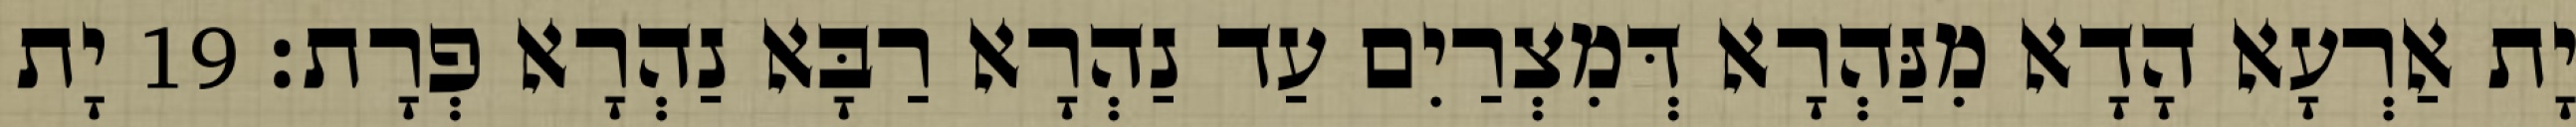
יָת אַרְעָא הָדָא מִנַּהְרָא דְּמִצְרַיִם עַד נַהְרָא רַבָּא נַהְרָא פְרָת׃ 19 יָת